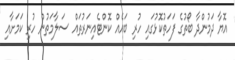
އޮޔާ ދަމުންދާ ބޯތުގެ ފަހަތުކޮޅުގައި ހުރި ބައެއް ކޮންޓެއިނަރުތައް ސަލާމަތުން ހުރި ކަމަށާއި